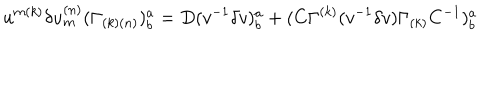
u ^ { { m ( k ) } } \delta u _ { { m } } ^ { { ( n ) } } ( \Gamma _ { { ( k ) ( n ) } } ) _ { { b } } ^ { { a } } = D ( v ^ { - { 1 } } \delta v ) _ { { b } } ^ { { a } } + ( C \Gamma ^ { { ( k ) } } ( v ^ { - { 1 } } \delta v ) \Gamma _ { { ( k ) } } C ^ { - { 1 } } ) _ { { b } } ^ { { a } } \qquad